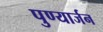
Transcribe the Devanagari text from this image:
पुण्यार्जन